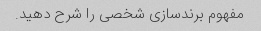
مفهوم برندسازی شخصی را شرح دهید.